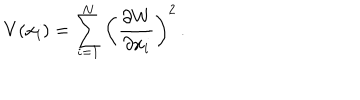
V ( x _ { i } ) = \sum _ { i = 1 } ^ { N } \left( \frac { \partial W } { \partial x _ { i } } \right) ^ { 2 } \, .